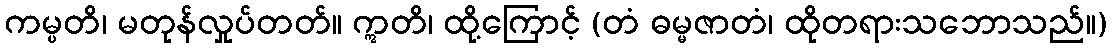
ကမ္ပတိ၊ မတုန်လှုပ်တတ်။ ဣတိ၊ ထို့ကြောင့် (တံ ဓမ္မဇာတံ၊ ထိုတရားသဘောသည်။)